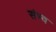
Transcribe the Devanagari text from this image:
संभ्व